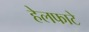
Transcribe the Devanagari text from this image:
हेलफाटे